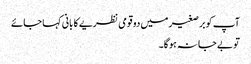
آپ کو برصغیر میں دو قومی نظریے کا بانی کہا جائے
تو بے جا نہ ہوگا۔